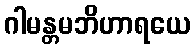
ဂါမန္တမဘိဟာရယေ